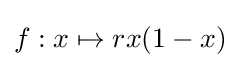
{\displaystyle f:x\mapsto rx(1-x)}